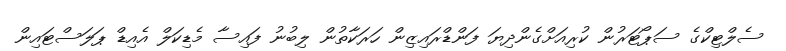
ސެލްޓިކްގެ ސަޕޯޓަރުން ކުރިއަށްގެންދިޔަ ފަންޑްރައިޒިން ހަރަކާތުން ލިބުނު ފައިސާ މެޑިކަލް އެއިޑް ޕަލަސްޓައިން